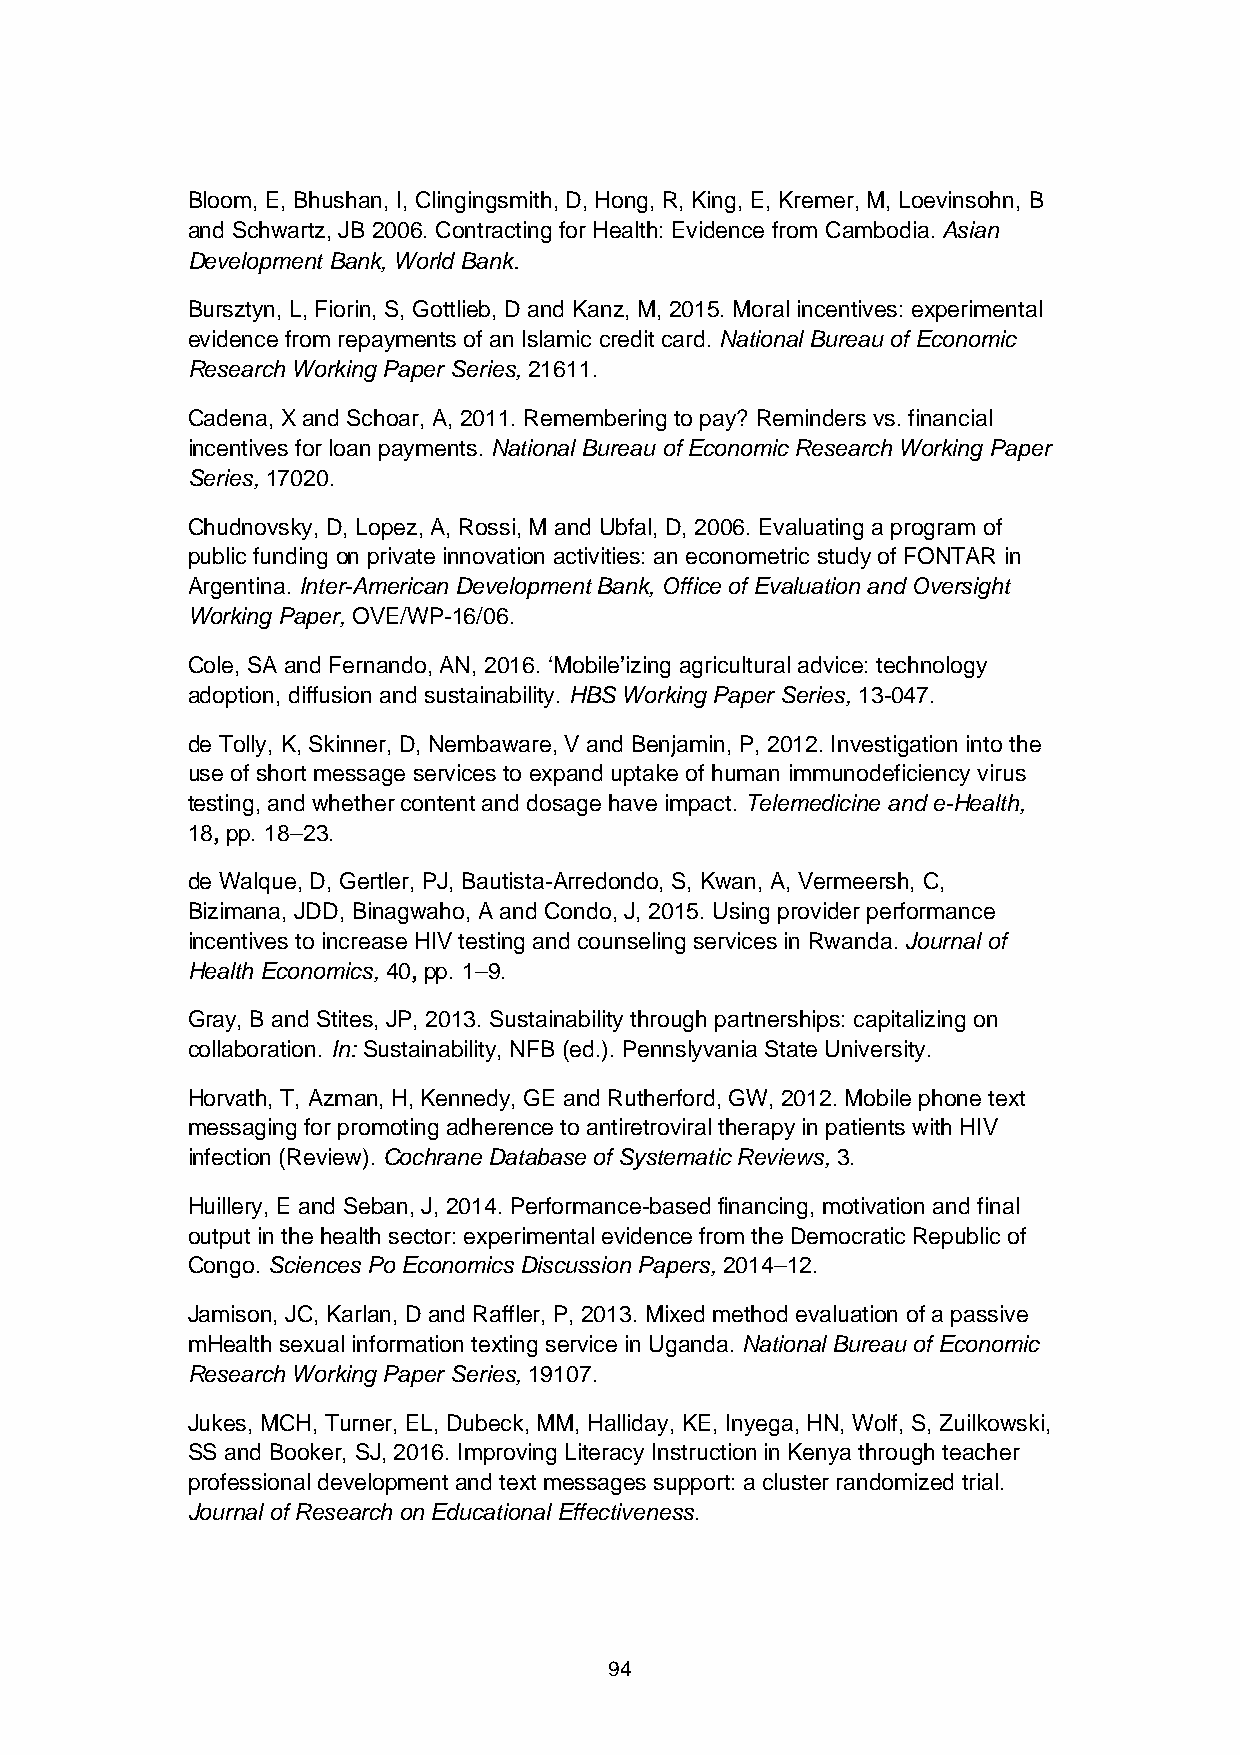
Bloom, E, Bhushan, I, Clingingsmith, D, Hong, R, King, E, Kremer, M, Loevinsohn, B
 and Schwartz, JB 2006. Contracting for Health: Evidence from Cambodia. Asian
 Development Bank, World Bank.
 Bursztyn, L, Fiorin, S, Gottlieb, D and Kanz, M, 2015. Moral incentives: experimental
 evidence from repayments of an Islamic credit card. National Bureau of Economic
 Research Working Paper Series, 21611.
 Cadena, X and Schoar, A, 2011. Remembering to pay? Reminders vs. financial
 incentives for loan payments. National Bureau of Economic Research Working Paper
 Series, 17020.
 Chudnovsky, D, Lopez, A, Rossi, M and Ubfal, D, 2006. Evaluating a program of
 public funding on private innovation activities: an econometric study of FONTAR in
 Argentina. Inter-American Development Bank, Office of Evaluation and Oversight
 Working Paper, OVE/WP-16/06.
 Cole, SA and Fernando, AN, 2016. ‘Mobile’izing agricultural advice: technology
 adoption, diffusion and sustainability. HBS Working Paper Series, 13-047.
 de Tolly, K, Skinner, D, Nembaware, V and Benjamin, P, 2012. Investigation into the
 use of short message services to expand uptake of human immunodeficiency virus
 testing, and whether content and dosage have impact. Telemedicine and e-Health,
 18, pp. 18–23.
 de Walque, D, Gertler, PJ, Bautista-Arredondo, S, Kwan, A, Vermeersh, C,
 Bizimana, JDD, Binagwaho, A and Condo, J, 2015. Using provider performance
 incentives to increase HIV testing and counseling services in Rwanda. Journal of
 Health Economics, 40, pp. 1–9.
 Gray, B and Stites, JP, 2013. Sustainability through partnerships: capitalizing on
 collaboration. In: Sustainability, NFB (ed.). Pennslyvania State University.
 Horvath, T, Azman, H, Kennedy, GE and Rutherford, GW, 2012. Mobile phone text
 messaging for promoting adherence to antiretroviral therapy in patients with HIV
 infection (Review). Cochrane Database of Systematic Reviews, 3.
 Huillery, E and Seban, J, 2014. Performance-based financing, motivation and final
 output in the health sector: experimental evidence from the Democratic Republic of
 Congo. Sciences Po Economics Discussion Papers, 2014–12.
 Jamison, JC, Karlan, D and Raffler, P, 2013. Mixed method evaluation of a passive
 mHealth sexual information texting service in Uganda. National Bureau of Economic
 Research Working Paper Series, 19107.
 Jukes, MCH, Turner, EL, Dubeck, MM, Halliday, KE, Inyega, HN, Wolf, S, Zuilkowski,
 SS and Booker, SJ, 2016. Improving Literacy Instruction in Kenya through teacher
 professional development and text messages support: a cluster randomized trial.
 Journal of Research on Educational Effectiveness.
 94